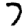
Digit: 7